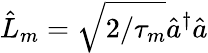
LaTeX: \hat{L}_{m}=\sqrt{2/\tau_{m}}\hat{a}^{\dagger}\hat{a}